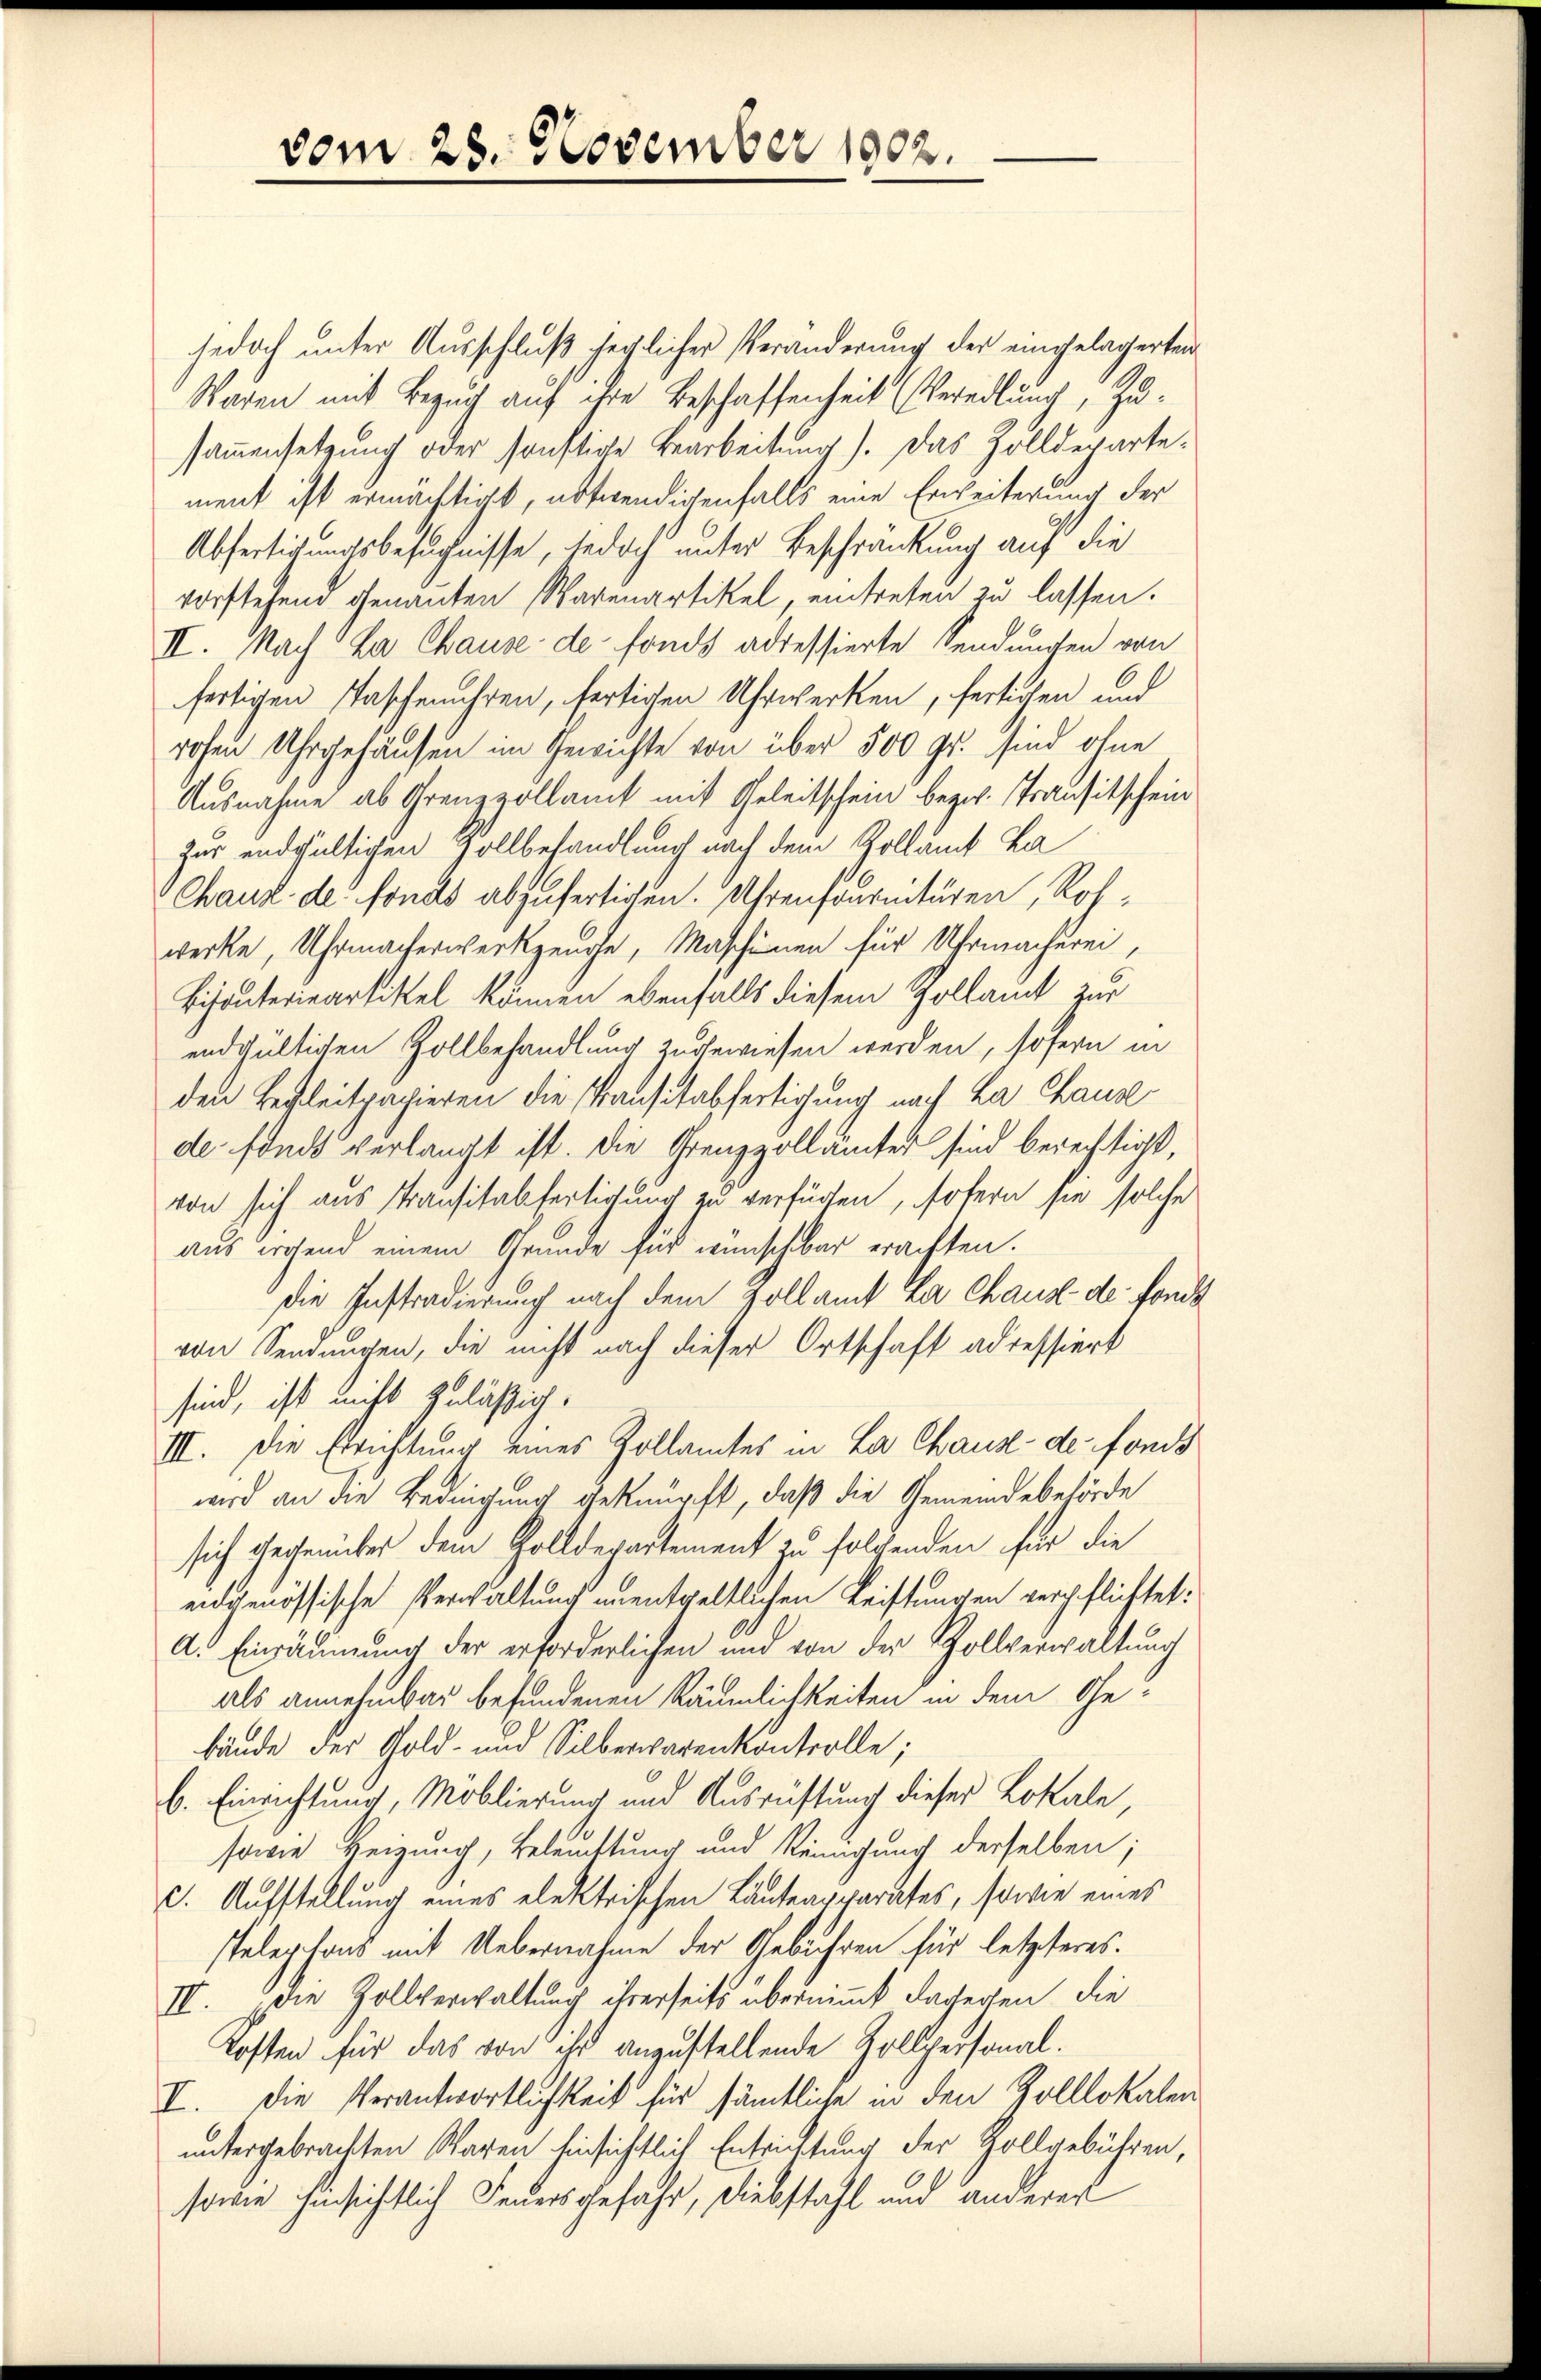
jedoch unter Ausschluß jechlicher Veränderung der eingelagerten
Waren mit Bezug auf ihre Beschaffenheit (Veredlung, Zusammensetzung oder sonstige Bearbeitung). Das Zolldepartement ist ermächtigt, notwendigenfalls eine Erweiterung der
Abfertigungsbesuchnisse, jedoch unter Beschränkung auf die
vorstehend genannten Warenartikel, eintreten zu lassen.
II. Nach La Chause de fonds adressierte Sendungen von
fertigen Taschenuhren, fertigen Uhrwerken, fertigen und
rohen Uhrgehäusen im Gewichte von über 500 Fr. sind ohne
Ausnahme ab Grenzzollamt mit Geleitschein bezw. Transitschein
zur endgültigen Zollbehandlung nach dem Zollämt ka
Chaus der fonds abzufertigen. Uhrenfournitären, Roswerke, Uhrmacherwerkzeuge, Maschinen für Uhrmacherei,
Bisanterienartikel können ebenfalls diesem Zollamt zur
endgültigen Zollbehandlung zugewiesen werden, sofern in
den Begleitpapieren die Krausstabfertigung nach La Chause
de fonds verlangt ist. Die Grenzzollamtes sind berechtigt,
von sich aus Transitabfertigung zu verfügen, sofern sie solche
aus wohend einem Grunde für wünschbar erachten.
Die Instradierung nach dem vollamt La Chaus de fonds
von Sendungen, die nicht nach dieser Ortschaft adressiert
sind, ist nicht zulässig.
III. Die Errichtung eines Zollamtes in La Chaus de fonds
wird an die Bedingung geknüpft, daß die Gemeindebehörde
sich gegenüber dem Zolldepartement zu folgenden für die
eidgenössische Verwaltung unentgeltlichen Leistungen verpflichtet:
A. Einräumung der erforderlichen und von der Zollverwaltung
als annehmbar befundenen Räumlichkeiten in dem Gebände der Gold- und Silberwarenkontrolle;
b. Einrichtung, Moblierung und Ausrüstung dieser Lokale,
sowie beizung, Beleuchtung und Reinigung derselben;
C. Aufstellung eines elektrischen Läuteapparates, sowie eines
stelephons mit Uebernahme der Gebühren für letzteres.
IV. Die Zollverwaltung ihrerseits übernimmt dagegen die
Kosten für das von ihr anzustellende Zollpersonal¬
I. Die Verantwortlichkeit für sämtliche in den Zolllokalen
untergebrachten Waren hinsichtlich Entrichtung der Zollgebühren,
sowie hinsichtlich Feuersgefahr, Diebstahl und anderent

vom 25. November 1902.